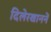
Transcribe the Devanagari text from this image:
दिलेरखाननें